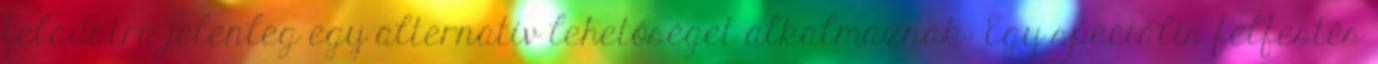
feladatra jelenleg egy alternatív lehetőséget alkalmaznak: Egy speciális felfestés